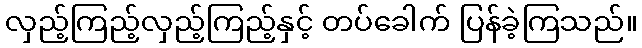
လှည့်ကြည့်လှည့်ကြည့်နှင့် တပ်ခေါက် ပြန်ခဲ့ကြသည်။